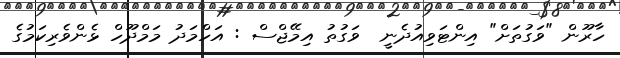
ހާރޫން "ވަގުތަށް" އިންޓަވިއުދެނީ  ވަގުތު އިމޭޖްސް : އަހްމަދު މަމްދޫހް ޅެންވެރިކަމުގެ